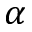
\alpha